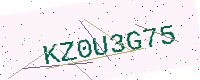
Text: KZ0U3G75